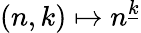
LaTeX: (n,k)\mapsto n^{\underline{{k}}}